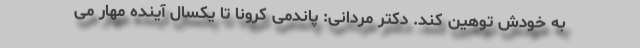
به خودش توهین کند. دکتر مردانی: پاندمی کرونا تا یکسال آینده مهار می